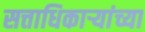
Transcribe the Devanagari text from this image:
सत्ताधिकाऱ्यांच्या